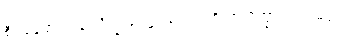
စီဝရဓောဝါပန သိက္ခာပုဒ်၌။ ပေ။ ဒုတိယာသိက္ခာပဒံ သမတ္တံ၊